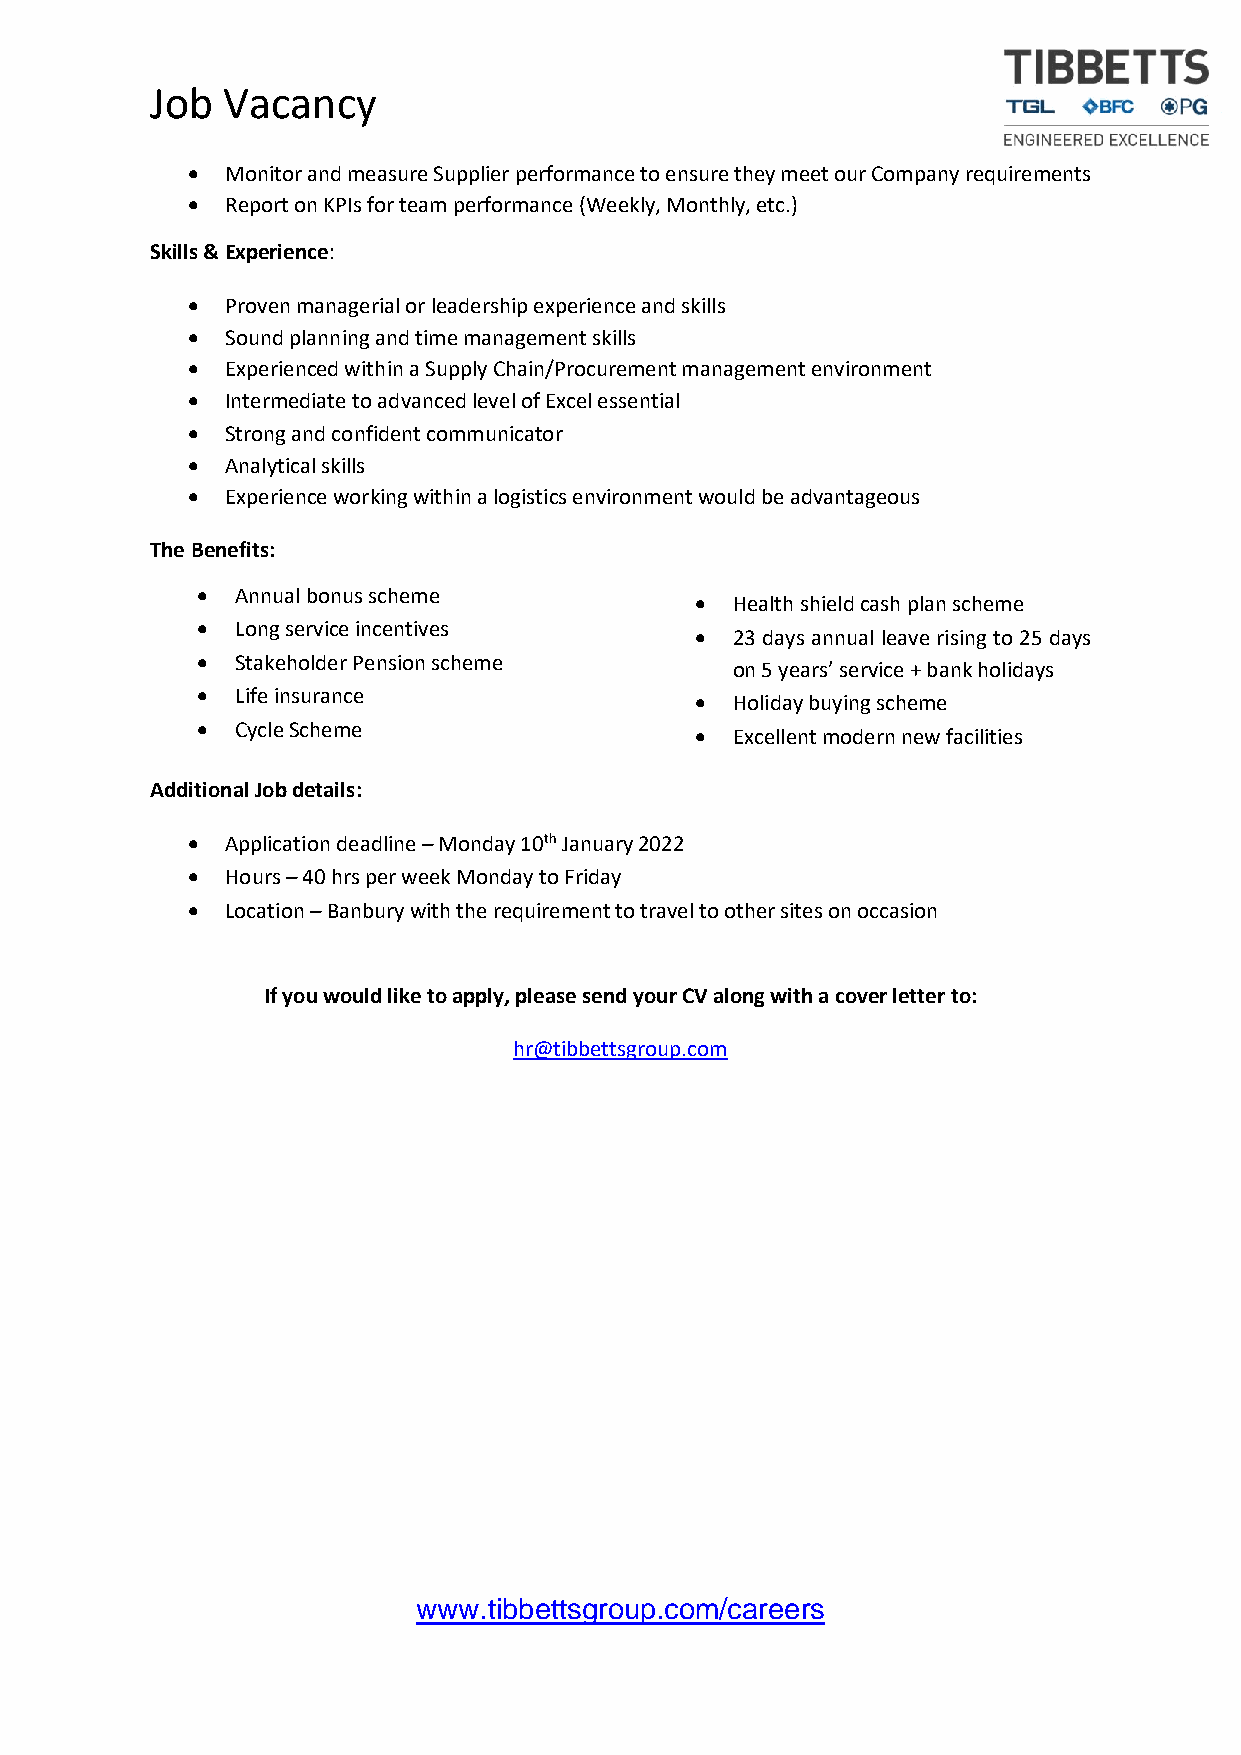
Job  Vacancy
 •  Monitor and measure Supplier performance to ensure they meet our Company requirements
 •  Report on KPIs for team performance (Weekly, Monthly, etc.)
 Skills & Experience:
 •  Proven managerial or leadership experience and skills
 •  Sound planning and time management skills
 •  Experienced within a Supply Chain/Procurement management environment
 •  Intermediate to advanced level of Excel essential
 •  Strong and confident communicator
 •  Analytical skills
 •  Experience working within a logistics environment would be advantageous
 The Benefits:
 •  Annual bonus scheme
 • Health shield cash plan scheme
 •  Long service incentives
 • 23 days annual leave rising to 25 days
 •  Stakeholder Pension scheme
 on 5 years’ service + bank holidays
 •  Life insurance                • Holiday buying scheme
 •  Cycle Scheme
 • Excellent modern new facilities
 Additional Job details:
 •  Application deadline – Monday 10th January 2022
 •  Hours – 40 hrs per week Monday to Friday
 •  Location – Banbury with the requirement to travel to other sites on occasion
 If you would like to apply, please send your CV along with a cover letter to:
 hr@tibbettsgroup.com
 www.tibbettsgroup.com/careers